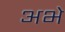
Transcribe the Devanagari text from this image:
अभे